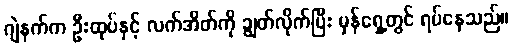
ဂျဲနက်က ဦးထုပ်နှင့် လက်အိတ်ကို ချွတ်လိုက်ပြီး မှန်ရှေ့တွင် ရပ်နေသည်။